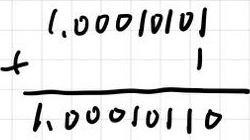
\[
\begin{array}{r}
1.00010101 \\
+ \ \ \ \ \ \ \ \ \ 1 \\
\hline
1.00010110
\end{array}
\]